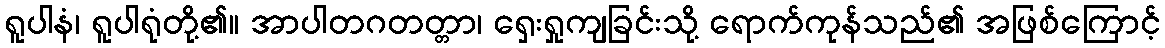
ရူပါနံ၊ ရူပါရုံတို့၏။ အာပါတဂတတ္တာ၊ ရှေးရှုကျခြင်းသို့ ရောက်ကုန်သည်၏ အဖြစ်ကြောင့်